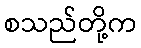
စသည်တို့က